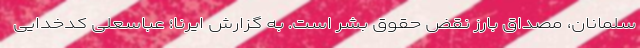
سلمانان، مصداق بارز نقض حقوق بشر است. به گزارش ایرنا؛ عباسعلی کدخدایی